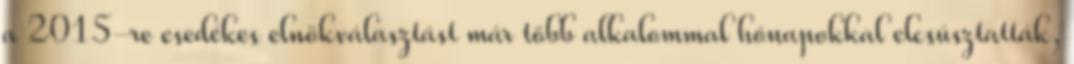
a 2015-re esedékes elnökválasztást már több alkalommal hónapokkal elcsúsztatták,